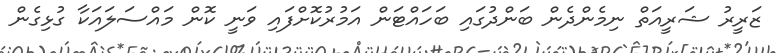
ޒަރީރު ޝަރީއަތް ނިމެންދެން ބަންދުގައި ބަހައްޓަން އަމުރުކޮށްފައި ވަނީ ކޮން މައްސަލައަކާ ގުޅިގެން